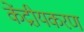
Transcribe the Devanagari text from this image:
केंद्रीयकरण